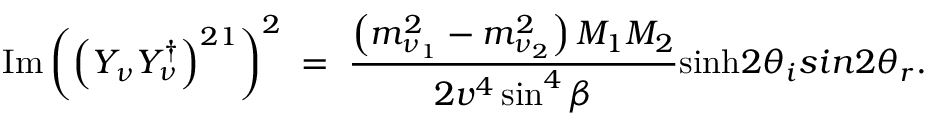
\mathrm { I m } \left( \left( Y _ { \nu } Y _ { \nu } ^ { \dagger } \right) ^ { 2 1 } \right) ^ { 2 } \; = \; { \frac { \left( m _ { \nu _ { 1 } } ^ { 2 } - m _ { \nu _ { 2 } } ^ { 2 } \right) M _ { 1 } M _ { 2 } } { 2 v ^ { 4 } \sin ^ { 4 } \beta } } \mathrm { s i n h } 2 \theta _ { i } s i n 2 \theta _ { r } .